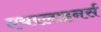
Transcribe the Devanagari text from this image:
एयरलाइनर्स